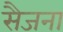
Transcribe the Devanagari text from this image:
सैजना